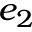
e _ { 2 }